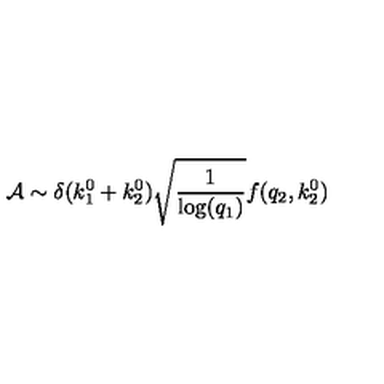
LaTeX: { \cal A } \sim \delta ( k _ { 1 } ^ { 0 } + k _ { 2 } ^ { 0 } ) \sqrt { \frac { 1 } { \mathrm { l o g } ( q _ { 1 } ) } } f ( q _ { 2 } , k _ { 2 } ^ { 0 } )